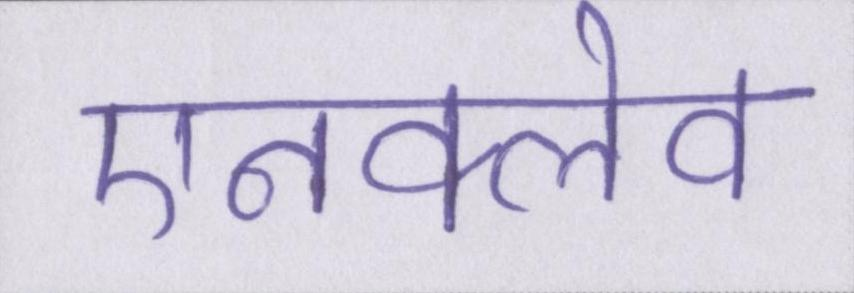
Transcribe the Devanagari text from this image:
एनक्लेव